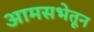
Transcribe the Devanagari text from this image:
आमसभेतून